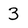
Character: 3